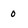
Character: o